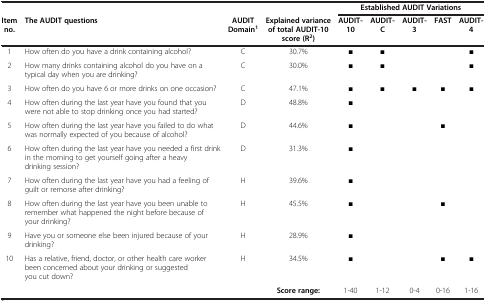
|  |  |  |  | <COLSPAN=5> Established AUDIT Variations |
 | Item no. | The AUDIT questions | AUDIT Domain1 | Explained variance of total AUDIT-10 score (R2) | AUDIT-10 | AUDIT-C | AUDIT-3 | FAST | AUDIT-4 |
 | --- | --- | --- | --- | --- | --- | --- | --- | --- |
 | 1 | How often do you have a drink containing alcohol? | C | 30.7% | ■ | ■ |  |  | ■ |
 | 2 | How many drinks containing alcohol do you have on a typical day when you are drinking? | C | 30.0% | ■ | ■ |  |  | ■ |
 | 3 | How often do you have 6 or more drinks on one occasion? | C | 47.1% | ■ | ■ | ■ | ■ | ■ |
 | 4 | How often during the last year have you found that you were not able to stop drinking once you had started? | D | 48.8% | ■ |  |  |  |  |
 | 5 | How often during the last year have you failed to do what was normally expected of you because of alcohol? | D | 44.6% | ■ |  |  | ■ |  |
 | 6 | How often during the last year have you needed a first drink in the morning to get yourself going after a heavy drinking session? | D | 31.3% | ■ |  |  |  |  |
 | 7 | How often during the last year have you had a feeling of guilt or remorse after drinking? | H | 39.6% | ■ |  |  |  |  |
 | 8 | How often during the last year have you been unable to remember what happened the night before because of your drinking? | H | 45.5% | ■ |  |  | ■ |  |
 | 9 | Have you or someone else been injured because of your drinking? | H | 28.9% | ■ |  |  |  |  |
 | 10 | Has a relative, friend, doctor, or other health care worker been concerned about your drinking or suggested you cut down? | H | 34.5% | ■ |  |  | ■ | ■ |
 |  |  |  | Score range: | 1-40 | 1-12 | 0-4 | 0-16 | 1-16 |